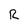
Character: R